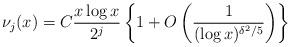
LaTeX: \begin{align*}\nu_j(x)=C\frac{x \log x}{2^j}\left\{ 1+O\left(\frac{1}{(\log x)^{\delta^2/5}}\right)\right\}\end{align*}